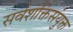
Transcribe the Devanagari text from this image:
सर्वशक्तिसंयुक्त